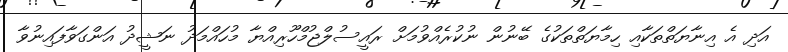
އަދި އެ އިނާޔަތްތަކާއި ހިމާޔަތްތަކުގެ ބޭނުން ނުކުރެއްވުމަށް ރައީސުލްޖުމްހޫރިއްޔާ މުހައްމަދު ނަޝީދު އަންގަވާފައިނުވާ